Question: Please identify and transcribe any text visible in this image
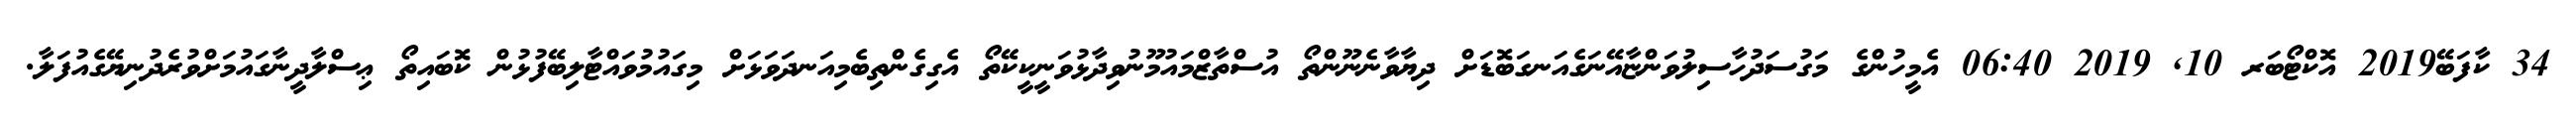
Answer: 34 ކާފަބޭ2019 އޮކްޓޯބަރ 10, 2019 06:40 އެމީހުންގެ މަގުސަދުހާސިލުވަންޏާއޭނަގެއަނގަބޮޑަށް ދިޔާވާނެނޫންތޯ އުސްތާޒްމައުމޫނުވިދާޅުވަނީކީކޭތޯ އެގިގެންތިބެމިއަނދަވަޅަށް މިގައުމުވައްޓާލިބޭފުޅުން ކޮބައިތޯ ޢިސްލާދީނާގައުމަށްވުރެދުނިޔޭގެއުފަލާ.